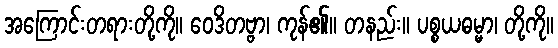
အကြောင်းတရားတို့ကို။ ဝေဒိတဗ္ဗာ၊ ကုန်၏။ တနည်း။ ပစ္စယဓမ္မာ၊ တို့ကို။